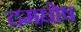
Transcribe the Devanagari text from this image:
दमघोष